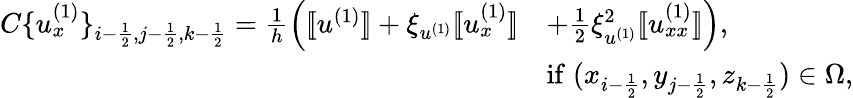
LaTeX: \begin{array}{rl}{C\{ u_{x}^{(1)}\} _{i-\frac{1}{2},j-\frac{1}{2},k-\frac{1}{2}}=\frac{1}{h}\Big([\! [u^{(1)}]\! ]+\xi_{u^{(1)}}[\! [u_{x}^{(1)}]\! ]}&{+\frac{1}{2}\xi_{u^{(1)}}^{2}[\! [u_{xx}^{(1)}]\! ]\Big),}\\ &{\mathrm{if}\; (x_{i-\frac{1}{2}},y_{j-\frac{1}{2}},z_{k-\frac{1}{2}})\in\Omega,}\end{array}